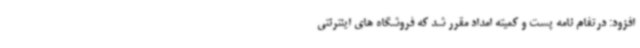
افزود: درتفام نامه پست و کمیته امداد مقرر شد که فروشگاه های اینترنتی